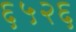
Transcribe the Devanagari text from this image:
६५२६